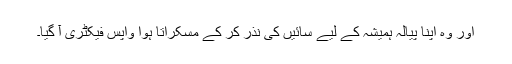
اور وہ اپنا پیالہ ہمیشہ کے لیے سائیں کی نذر کر کے مسکراتا ہوا واپس فیکٹری آ گیا۔